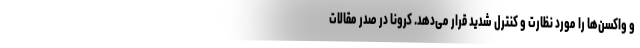
و واکسن‌ها را مورد نظارت و کنترل شدید قرار می‌دهد. کرونا در صدر مقالات